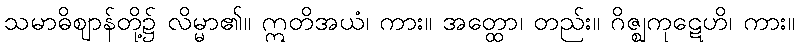
သမာဓိဈာန်တို့၌ လိမ္မာ၏။ ဣတိအယံ၊ ကား။ အတ္ထော၊ တည်း။ ဂိဇ္ဈကုဋေဟိ၊ ကား။